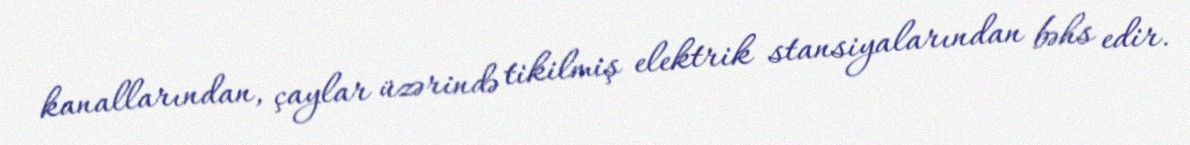
kanallarından, çaylar üzərində tikilmiş elektrik stansiyalarından bəhs edir.